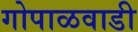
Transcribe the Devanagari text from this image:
गोपाळवाडी